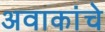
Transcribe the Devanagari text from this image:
अवाकांचे